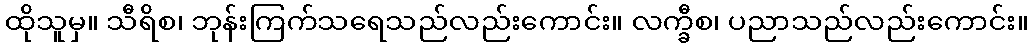
ထိုသူမှ။ သီရိစ၊ ဘုန်းကြက်သရေသည်လည်းကောင်း။ လက္ခီစ၊ ပညာသည်လည်းကောင်း။